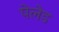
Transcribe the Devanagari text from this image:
पेलेड